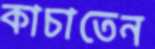
কাচাতেন